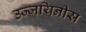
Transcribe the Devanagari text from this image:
उज्जयिनीस